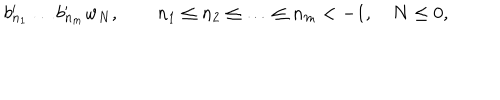
LaTeX: b _ { n _ { 1 } } ^ { \prime } \ldots b _ { n _ { m } } ^ { \prime } w _ { N } , \quad \quad n _ { 1 } \leq n _ { 2 } \leq \ldots \leq n _ { m } < - 1 , \quad N \leq 0 ,